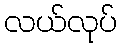
လယ်လုပ်